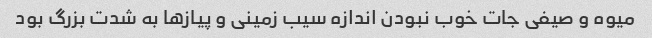
میوه و صیفی جات خوب نبودن اندازه سیب زمینی و پیازها به شدت بزرگ بود